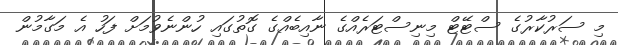
މި ސަރުކާރުގެ ސްޓޭޓް މިނިސްޓަރެއްގެ ނާއިބެއްގެ ގޮތުގައި ހުންނެވުމަށް ފަހު އެ މަގާމުން